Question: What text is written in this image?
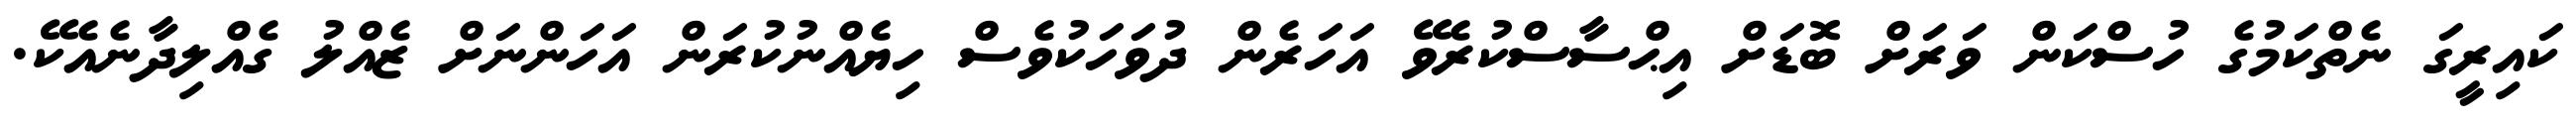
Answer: ކައިރީގަ ނެތްކަމުގެ ހުސްކަން ވަރަށް ބޮޑަށް އިޙްސާސްކުރެވޭ އަހަރެން ދުވަހަކުވެސް ހިޔެއްނުކުރަން އަހަންނަށް ޒެއްލު ގެއްލިދާނެއެކޭ.